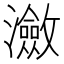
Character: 瀲